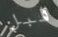
قبل